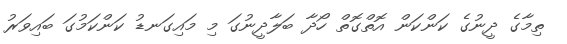
ތިމާގެ ދީނުގެ ކަންކަން އޮތްގޮތް ހޯދާ ބަލާދީނުގަ މި މައިގަނޑު ކަންކަމުގަ ބައިވަރު